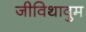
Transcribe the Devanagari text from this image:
जीविथावुम